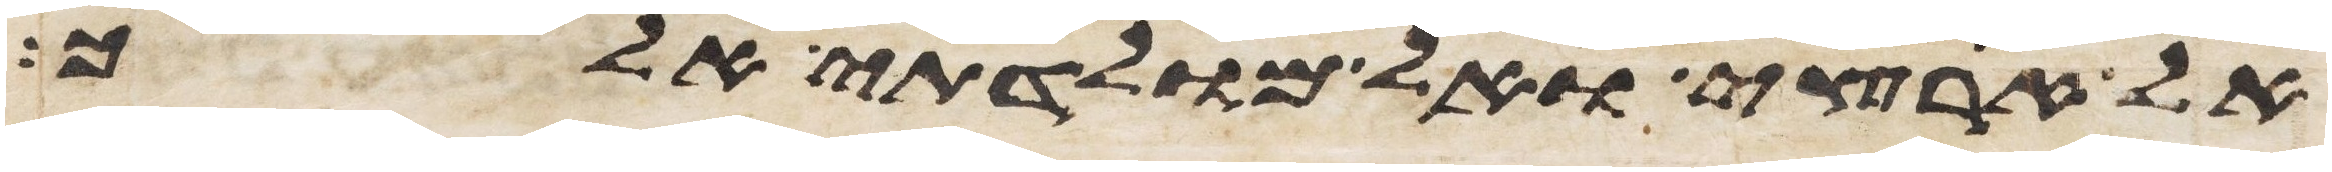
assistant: אל ארצי ואל מולדתי אלך